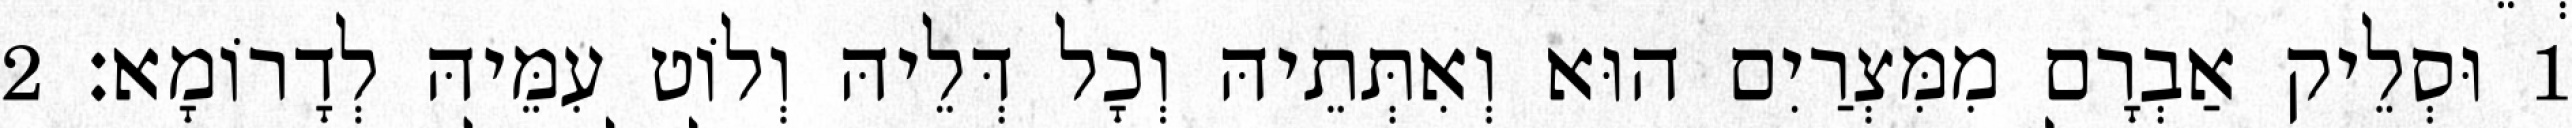
1 וּסְלֵיק אַבְרָם מִמִּצְרַיִם הוּא וְאִתְּתֵיהּ וְכָל דְּלֵיהּ וְלוֹט עִמֵּיהּ לְדָרוֹמָא׃ 2